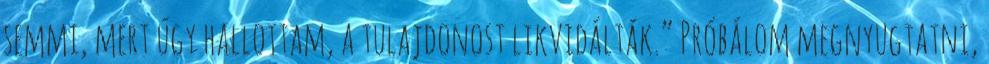
semmi, mert úgy hallottam, a tulajdonost likvidálták.” Próbálom megnyugtatni,